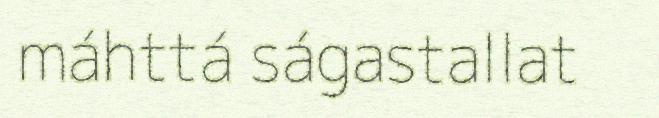
máhttá ságastallat